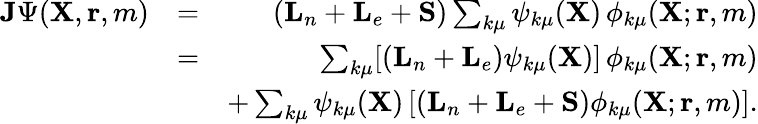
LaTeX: \begin{array}{rlr}{{\mathbf{J}}\Psi({\mathbf{X}},{\mathbf{r}},m)}&{=}&{({\mathbf{L}}_{n}+{\mathbf{L}}_{e}+{\mathbf{S}})\sum_{k\mu}\psi_{k\mu}({\mathbf{X}})\, \phi_{k\mu}({\mathbf{X}};{\mathbf{r}},m)}\\ &{=}&{\sum_{k\mu}[({\mathbf{L}}_{n}+{\mathbf{L}}_{e})\psi_{k\mu}({\mathbf{X}})]\, \phi_{k\mu}({\mathbf{X}};{\mathbf{r}},m)}\\ &{}&{+\sum_{k\mu}\psi_{k\mu}({\mathbf{X}})\, [({\mathbf{L}}_{n}+{\mathbf{L}}_{e}+{\mathbf{S}})\phi_{k\mu}({\mathbf{X}};{\mathbf{r}},m)].}\end{array}